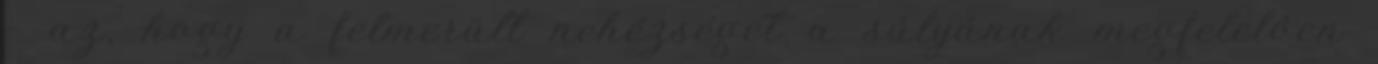
– az, hogy a felmerült nehézséget a súlyának megfelelôen